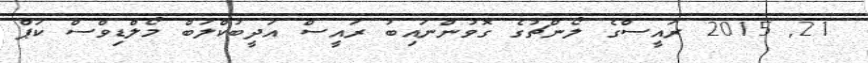
21